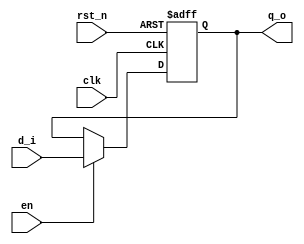
//////////////////////////////////////////////////////////////////////////////////
// School: Shanghai Jiao Tong University
//
// Module Name: DFF
// Project Name: CNN first-layer convolution Design
// Description: The DFF, with Synchronous enable and flush function
//
// Revision:
// Additional Comments:
//
//////////////////////////////////////////////////////////////////////////////////

module DFF_1bit
       (
           input  wire                  clk,
           input  wire                  rst_n,
           input  wire                  en,
           input  wire                  d_i,

           output reg                   q_o
       );

always @(posedge clk or negedge rst_n)
begin
    if (!rst_n)
        q_o <= 1'b0;
    else if (en)
        q_o <= d_i;
    else
        q_o <= q_o;
end

endmodule

    module DFF_8bit
    (
        input  wire                  clk,
        input  wire                  rst_n,
        input  wire                  en,
        input  wire [7:0]            d_i,

        output reg  [7:0]            q_o
    );

always @(posedge clk or negedge rst_n)
begin
    if (!rst_n)
        q_o <= 8'b0;
    else if (en)
        q_o <= d_i;
    else
        q_o <= q_o;
end

endmodule

    module DFF_16bit
    (
        input  wire                  clk,
        input  wire                  rst_n,
        input  wire                  en,
        input  wire [15:0]           d_i,

        output reg  [15:0]           q_o
    );

always @(posedge clk or negedge rst_n)
begin
    if (!rst_n)
        q_o <= 15'b0;
    else if (en)
        q_o <= d_i;
    else
        q_o <= q_o;
end

endmodule

    module DFF_32bit
    (
        input  wire                  clk,
        input  wire                  rst_n,
        input  wire                  en,
        input  wire [31:0]           d_i,

        output reg  [31:0]           q_o
    );

always @(posedge clk or negedge rst_n)
begin
    if (!rst_n)
        q_o <= 32'b0;
    else if (en)
        q_o <= d_i;
    else
        q_o <= q_o;
end

endmodule

    module DFF_72bit
    (
        input  wire                  clk,
        input  wire                  rst_n,
        input  wire                  en,
        input  wire [71:0]           d_i,

        output reg  [71:0]           q_o
    );

always @(posedge clk or negedge rst_n)
begin
    if (!rst_n)
        q_o <= 72'b0;
    else if (en)
        q_o <= d_i;
    else
        q_o <= q_o;
end

endmodule